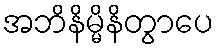
အဘိနိမ္မိနိတွာပေ